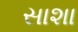
સાશા